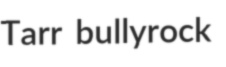
Tarr bullyrock